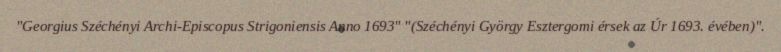
"Georgius Széchényi Archi-Episcopus Strigoniensis Anno 1693" "(Széchényi György Esztergomi érsek az Úr 1693. évében)".